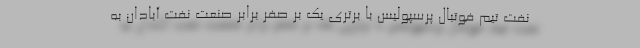
نفت تیم فوتبال پرسپولیس با برتری یک بر صفر برابر صنعت نفت آبادان به